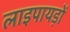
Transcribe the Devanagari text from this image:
लाइपायड़ों